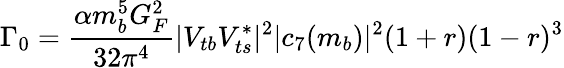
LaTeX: \Gamma_{0}=\frac{\alpha m_{b}^{5}G_{F}^{2}}{32\pi^{4}}|V_{tb}V_{ts}^{*}|^{2}|c_{7}(m_{b})|^{2}(1+r)(1-r)^{3}